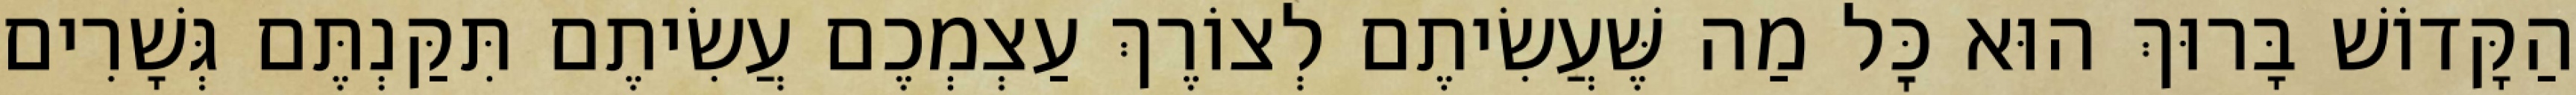
הַקָּדוֹשׁ בָּרוּךְ הוּא כׇּל מַה שֶּׁעֲשִׂיתֶם לְצוֹרֶךְ עַצְמְכֶם עֲשִׂיתֶם תִּקַּנְתֶּם גְּשָׁרִים